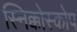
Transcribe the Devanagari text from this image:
स्निक्कोस्कोप